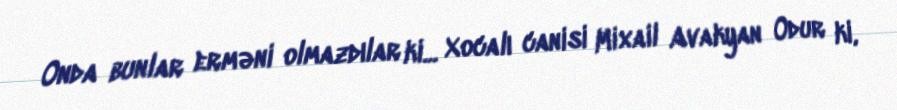
Onda bunlar erməni olmazdılar ki... Xocalı canisi Mixail Avakyan Odur ki,